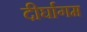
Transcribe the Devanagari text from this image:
दीर्घागम